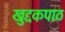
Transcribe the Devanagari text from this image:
खुद्दकपाठ